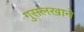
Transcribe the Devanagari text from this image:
गुसलखाने